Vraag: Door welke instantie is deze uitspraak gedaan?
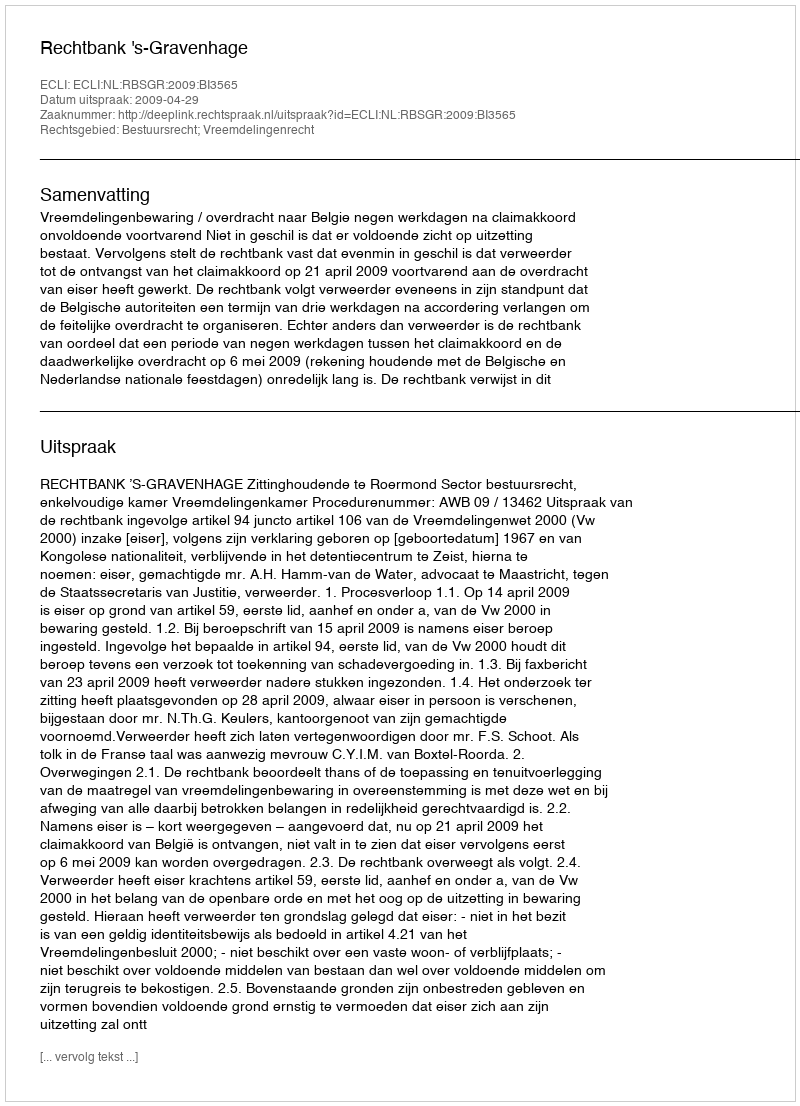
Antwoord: Rechtbank 's-Gravenhage